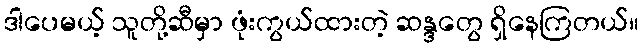
ဒါပေမယ့် သူတို့ဆီမှာ ဖုံးကွယ်ထားတဲ့ ဆန္ဒတွေ ရှိနေကြတယ်။